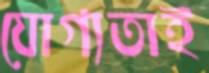
যোগ্যতাই